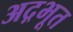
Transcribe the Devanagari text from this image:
अद़भूत